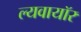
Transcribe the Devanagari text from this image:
ल्यवायॉर